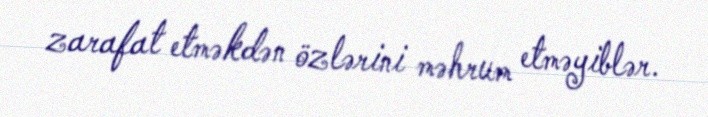
zarafat etməkdən özlərini məhrum etməyiblər.